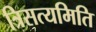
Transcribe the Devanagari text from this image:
त्रिसत्यमिति